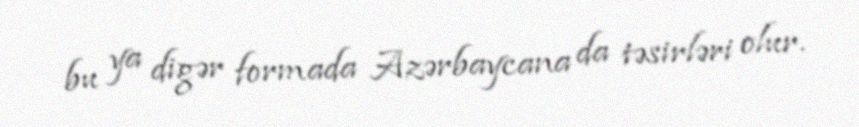
bu ya digər formada Azərbaycana da təsirləri olur.